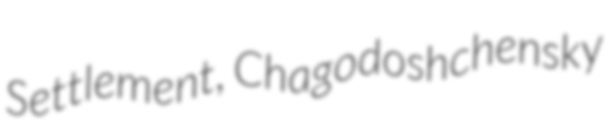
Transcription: Settlement, Chagodoshchensky